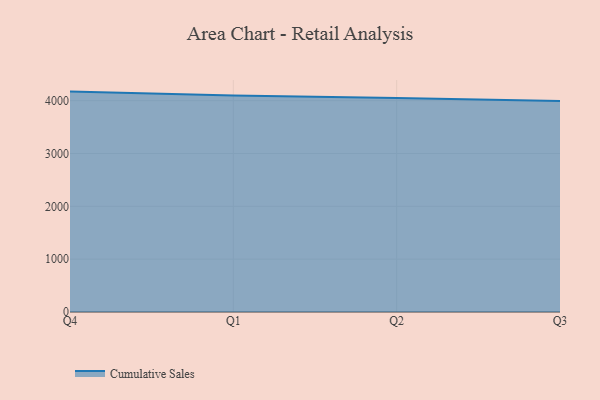
{"axis": {"x": "Quarter", "y": "Waste Production (Tons)"}, "legend": ["Cumulative Sales"], "data": [{"x": "Q4", "y": 4171.6, "type": "Cumulative Sales"}, {"x": "Q1", "y": 4097.4, "type": "Cumulative Sales"}, {"x": "Q2", "y": 4050.3, "type": "Cumulative Sales"}, {"x": "Q3", "y": 3994.1, "type": "Cumulative Sales"}]}